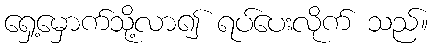
ရှေ့မှောက်သို့လာ၍ ရပ်ပေးလိုက် သည်။